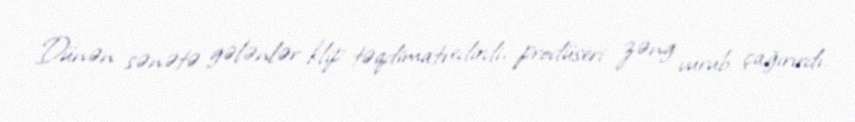
Dünən sənətə gələnlər klip təqdimatı edirdi, prodüseri zəng vurub çağırırdı.